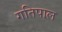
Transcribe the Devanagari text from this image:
गतिपाल